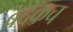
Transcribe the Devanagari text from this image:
बदकच